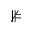
\nVDash